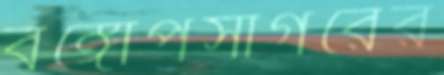
বঙ্গোপসাগরের